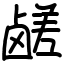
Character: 鹾